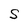
Character: S